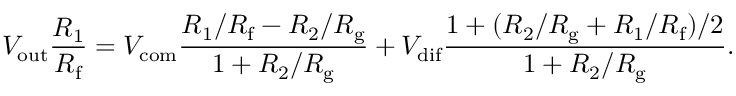
V _ { \mathrm { o u t } } { \frac { R _ { 1 } } { R _ { \mathrm { f } } } } = V _ { \mathrm { c o m } } { \frac { R _ { 1 } / R _ { \mathrm { f } } - R _ { 2 } / R _ { \mathrm { g } } } { 1 + R _ { 2 } / R _ { \mathrm { g } } } } + V _ { \mathrm { d i f } } { \frac { 1 + ( R _ { 2 } / R _ { \mathrm { g } } + R _ { 1 } / R _ { \mathrm { f } } ) / 2 } { 1 + R _ { 2 } / R _ { \mathrm { g } } } } .